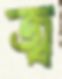
জ্ব